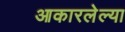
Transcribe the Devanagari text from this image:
आकारलेल्या